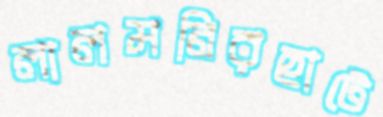
লালমনিরহাটে